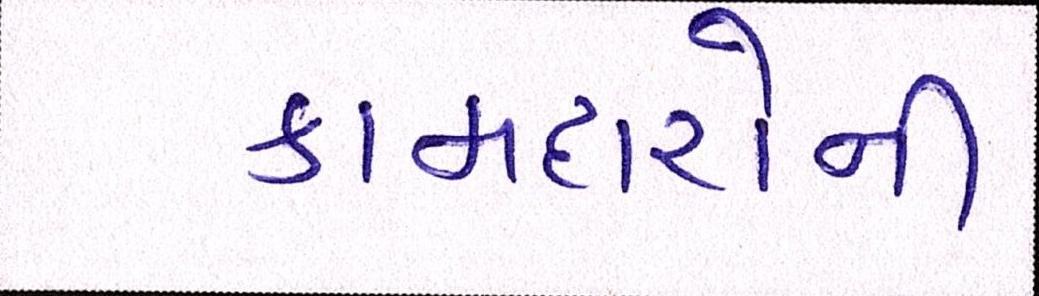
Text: કામદારોની